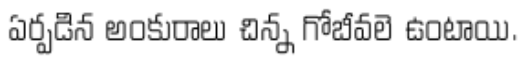
ఏర్పడిన అంకురాలు చిన్న గోబీవలె ఉంటాయి.